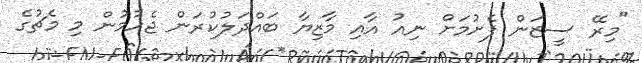
"މިރޭ ސީޒަން ފެށުމަށް ނިއު އާއި މާޒިޔާ ބައްދަލުކުރަން ޖެހުމުން މި މެޗުގެ